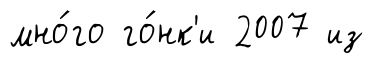
мно́го го́нк'и 2007 из